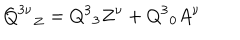
LaTeX: { { \bf Q } ^ { 3 \nu } } _ { Z } = Q ^ { 3 } { } _ { 3 } Z ^ { \nu } + Q ^ { 3 } { } _ { 0 } A ^ { \nu }